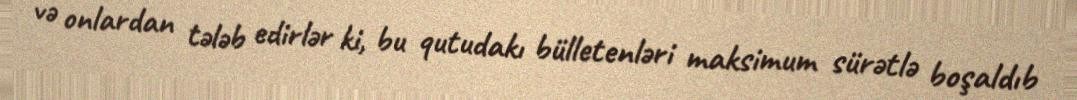
və onlardan tələb edirlər ki, bu qutudakı bülletenləri maksimum sürətlə boşaldıb